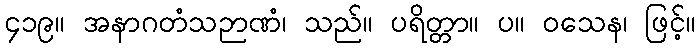
၄၁၉။ အနာဂတံသဉာဏံ၊ သည်။ ပရိတ္တာ။ ပ။ ဝသေန၊ ဖြင့်။